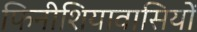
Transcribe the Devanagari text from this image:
फिनीशियावासियों